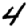
Digit: 4